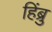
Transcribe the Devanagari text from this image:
हिंब्रु